Mental hospitals Bombay report 1929-33 - 1929-1933
Year: 1929
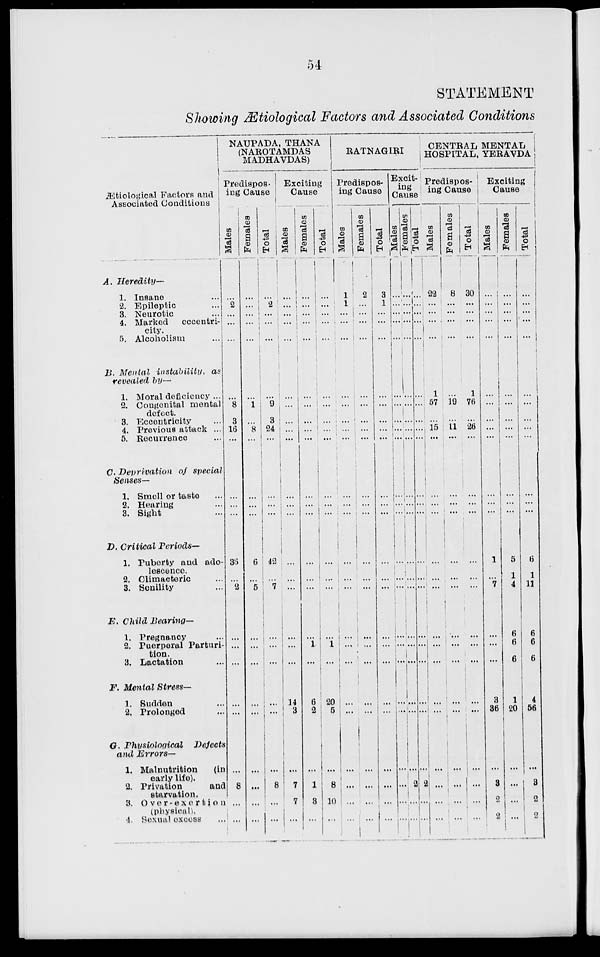
54
STATEMENT
Showing Ætiological Factors and Associated Conditions
Ætiological Factors and
Associated Conditions
A.
Heredity—
1. Insane ...
2. Epileptic ...
3. Neurotic ...
4. Marked
eccentri-
city.
5. Alcoholism
B. Menial
instability,
as
revealed by—
1. Moral deficiency ...
2. Congenital mental
defect.
8. Eccentricity ...
4. Previous attack ...
5. Recurrence ...
C. Deprivation
of special
Senses—
1. Smell or taste ...
2. Hearing ...
3. Sight ...
D. Critical
Periods—
1. Puberty and ado-
lescence.
2. Climacteric ...
3. Senility ...
E. Child
Bearing—
1. Pregnancy ...
2. Puerperal Parturi-
tion.
3. Lactation ...
F. Mental
Stress—
1. Sudden ...
2. Prolonged ...
G. Physiological
Defects
and
Errors—
1. Malnutrition
(in
early life).
2. Privation
and
starvation.
3.
Over-exortion
(physical).
4. Sexual excess ...
NAUPADA, THANA
(NAROTAMDAS
MADHAVDAS)
Predispos
ing Cause
Males
...
2
...
...
...
...
8
3
16
...
...
...
...
36
...
2
...
...
...
...
...
...
8
...
...
Females
...
...
...
...
...
...
1
...
8
...
...
...
...
6
...
5
...
...
...
...
...
...
...
...
...
Total
...
2
...
...
...
...
9
3
24
...
...
...
...
42
...
7
...
...
...
...
...
...
8
...
...
Exciting
Cause
Males
...
...
...
...
...
...
...
...
...
...
...
...
...
...
...
...
...
...
...
14
3
...
7
7
...
Females
...
...
...
...
...
...
...
...
...
...
...
...
...
...
...
...
...
1
...
6
2
...
1
3
...
Total
...
...
...
...
...
...
...
...
...
...
...
...
...
...
...
...
...
1
...
20
5
...
8
10
...
RATNAGIRI
Predisposing
Cause
Males
1
1
...
...
...
...
...
...
...
...
...
...
...
...
...
...
...
...
...
...
...
...
...
...
...
Females
2
...
...
...
...
...
...
...
...
...
...
...
...
...
...
...
...
...
...
...
...
...
...
...
...
Total
3
1
...
...
...
...
...
...
...
...
...
...
...
...
...
...
...
...
...
...
...
...
...
...
...
Exciting
Cause
Males
...
...
...
...
...
...
...
...
...
...
...
...
...
...
...
...
...
...
...
...
...
...
...
...
...
Females
....
...
...
...
...
...
...
...
...
...
...
...
...
...
...
...
...
...
...
...
...
...
2
...
....
Total
...
...
...
...
...
...
...
...
...
...
...
...
...
...
...
...
...
...
...
...
...
...
2
...
...
CENTRAL MENTAL
HOSPITAL, YERAVDA
Predisposing
Cause
Males
22
...
...
...
...
1
57
...
15
...
...
...
...
...
...
...
...
...
...
...
...
...
...
...
...
Females
8
...
...
...
...
...
19
...
11
...
...
...
...
...
...
...
...
...
...
...
...
...
...
...
...
Total
30
...
...
...
...
1
76
...
26
...
...
...
...
...
...
...
...
...
...
...
...
...
...
...
...
Exciting Cause
Males
...
...
...
...
...
...
...
...
...
...
...
...
...
1
...
7
...
...
...
3
36
...
3
2
2
Females
...
...
...
...
...
...
...
...
...
...
...
...
...
5
1
4
6
6
6
1
20
...
...
...
...
Total
...
...
...
...
...
...
...
...
...
...
...
...
...
6
1
11
6
6
6
4
56
...
3
2
2